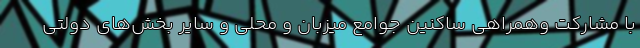
با مشارکت وهمراهی ساکنین جوامع میزبان و محلی و سایر بخش‌های دولتی